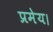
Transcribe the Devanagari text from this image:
प्रमेय।